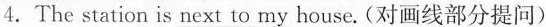
4. The station is \underline{next to my house}.(对画线部分提问)